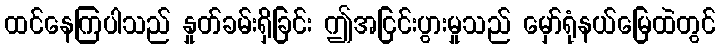
ထင်နေကြပါသည် နှုတ်ခမ်းရှိခြင်း ဤအငြင်းပွားမှုသည် မှော်ရုံနယ်မြေထဲတွင်